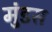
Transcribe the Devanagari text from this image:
मुंडस